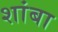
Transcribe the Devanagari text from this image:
शांबा